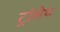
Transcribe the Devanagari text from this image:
ट्रांसेथ